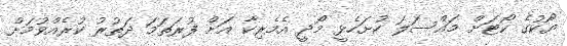
ޔޯކުގެ ކޯޓަށް މައްސަލަ ހުށަހެޅީ މޯދީ އެމެރިކާ އަށް ފުރަތަމަ ދަތުރު ކުރެއްވުމަށް